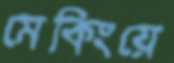
মেকিংয়ে